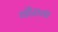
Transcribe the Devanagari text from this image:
वीराचा